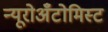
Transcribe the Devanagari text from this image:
न्यूरोअँटोमिस्ट